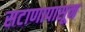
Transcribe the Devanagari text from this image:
सटाणापासून